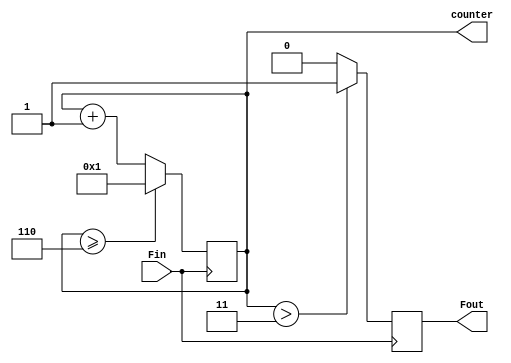
module Fdiv_6(Fin,Fout,counter); //6
input Fin;
output Fout;
output [31:0]counter;
wire [31:0]DIVN=32'd6;
wire [31:0]_DIVN;
reg [31:0]counter;
reg Fout;
wire _Fout;
assign _DIVN={1'b0,DIVN[31:1]};
always @(posedge Fin)
if (counter >= DIVN)	
counter=32'd1;
else 
counter<=counter+1;
assign _Fout=(counter>_DIVN)?1'b1:1'b0;
always @(negedge Fin)
	Fout<=_Fout;
endmodule